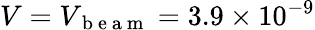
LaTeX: V=V_{\mathrm{~b~e~a~m~}}=3.9\times 10^{-9}